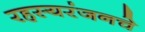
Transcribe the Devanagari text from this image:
रहस्यरंजनचे